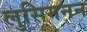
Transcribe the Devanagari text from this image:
लुसिगनन